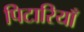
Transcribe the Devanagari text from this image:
पिटारियाँ